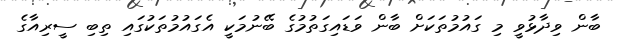
ބާން ވިދާޅުވީ މި ގައުމުތަކަށް ބާން ވަޑައިގަތުމުގެ ބޭނުމަކީ އެގައުމުތަކުގައި ތިބި ސީރިއާގެ